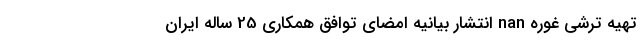
تهیه ترشی غوره nan انتشار بیانیه امضای توافق همکاری 25 ساله ایران